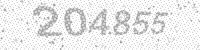
Solution: 204855